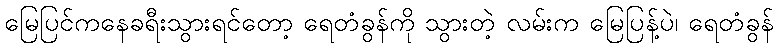
မြေပြင်ကနေခရီးသွားရင်တော့ ရေတံခွန်ကို သွားတဲ့ လမ်းက မြေပြန့်ပဲ၊ ရေတံခွန်